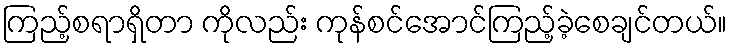
ကြည့်စရာရှိတာ ကိုလည်း ကုန်စင်အောင်ကြည့်ခဲ့စေချင်တယ်။